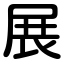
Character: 展